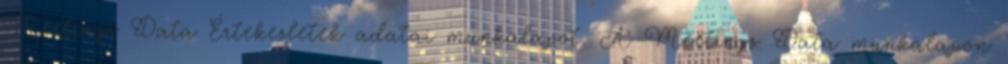
Meetings Data Értekezletek adatai munkalapot. A Meetings Data munkalapon